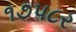
૧૭પ૮ર